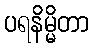
ပရနိမ္မိတာ